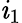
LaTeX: \mathit{i}_{1}